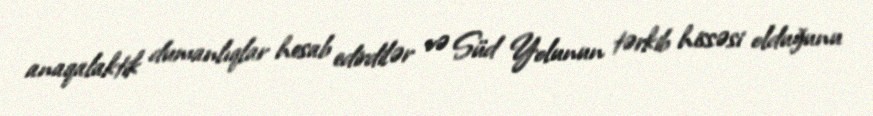
anaqalaktik dumanlıqlar hesab edirdilər və Süd Yolunun tərkib hissəsi olduğunu